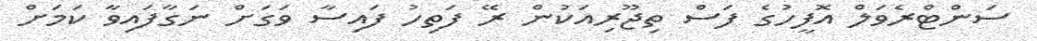
ސަންޓްރެވަލް އޮފީހުގެ ފަސް ތިޖޫރިއަކުން ރޭ ފަތިހު ފައިސާ ވަގަށް ނަގާފައިވާ ކަމަށް